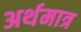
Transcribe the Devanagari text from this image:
अर्थमात्र